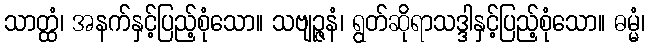
သာတ္ထံ၊ အနက်နှင့်ပြည့်စုံသော။ သဗျဉ္ဇနံ၊ ရွတ်ဆိုရာသဒ္ဒါနှင့်ပြည့်စုံသော။ ဓမ္မံ၊